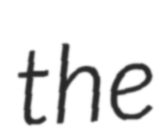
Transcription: the